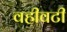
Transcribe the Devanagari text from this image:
वहीवटी